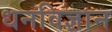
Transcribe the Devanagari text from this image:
धनविज्ञान